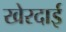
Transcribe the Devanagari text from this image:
खेरदाई